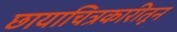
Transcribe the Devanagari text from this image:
छायाचित्रकारीतून